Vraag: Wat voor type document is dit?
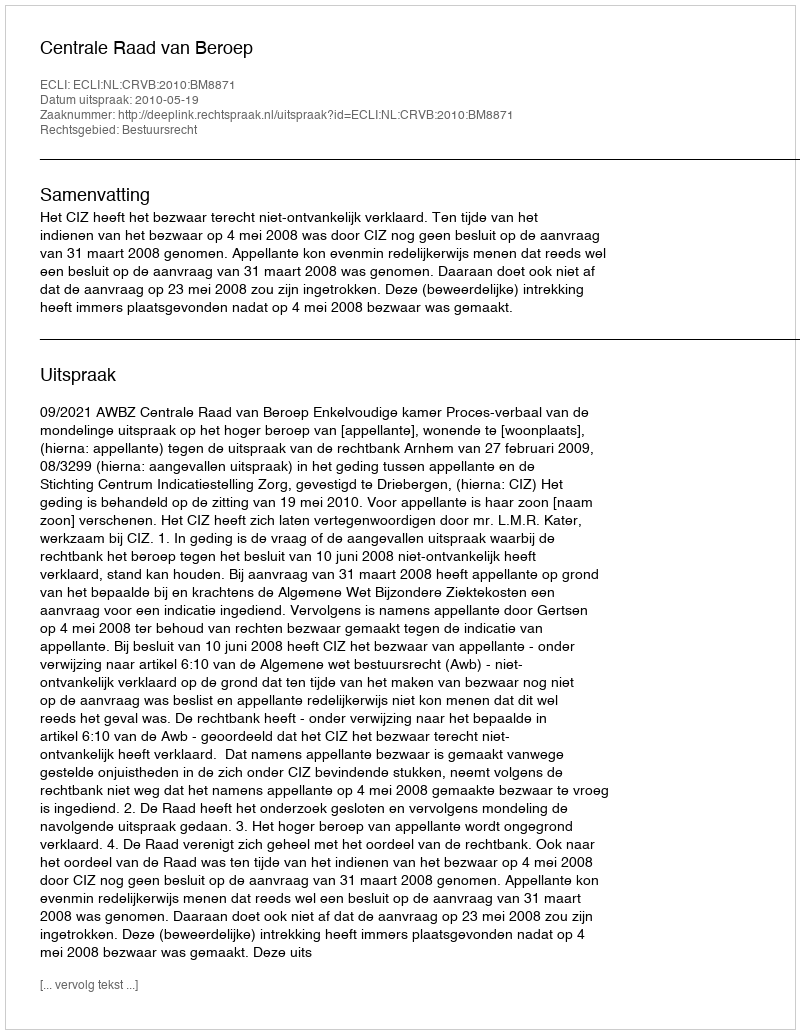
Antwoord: Uitspraak